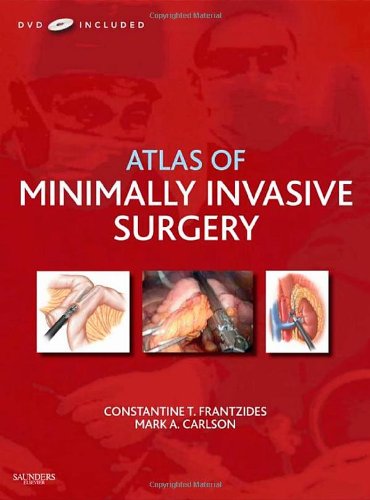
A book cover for Atlas of Minimally Invasive Surgery with DVD; Constantine T. Frantzides; Medical Books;